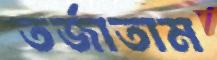
তর্জাতাম